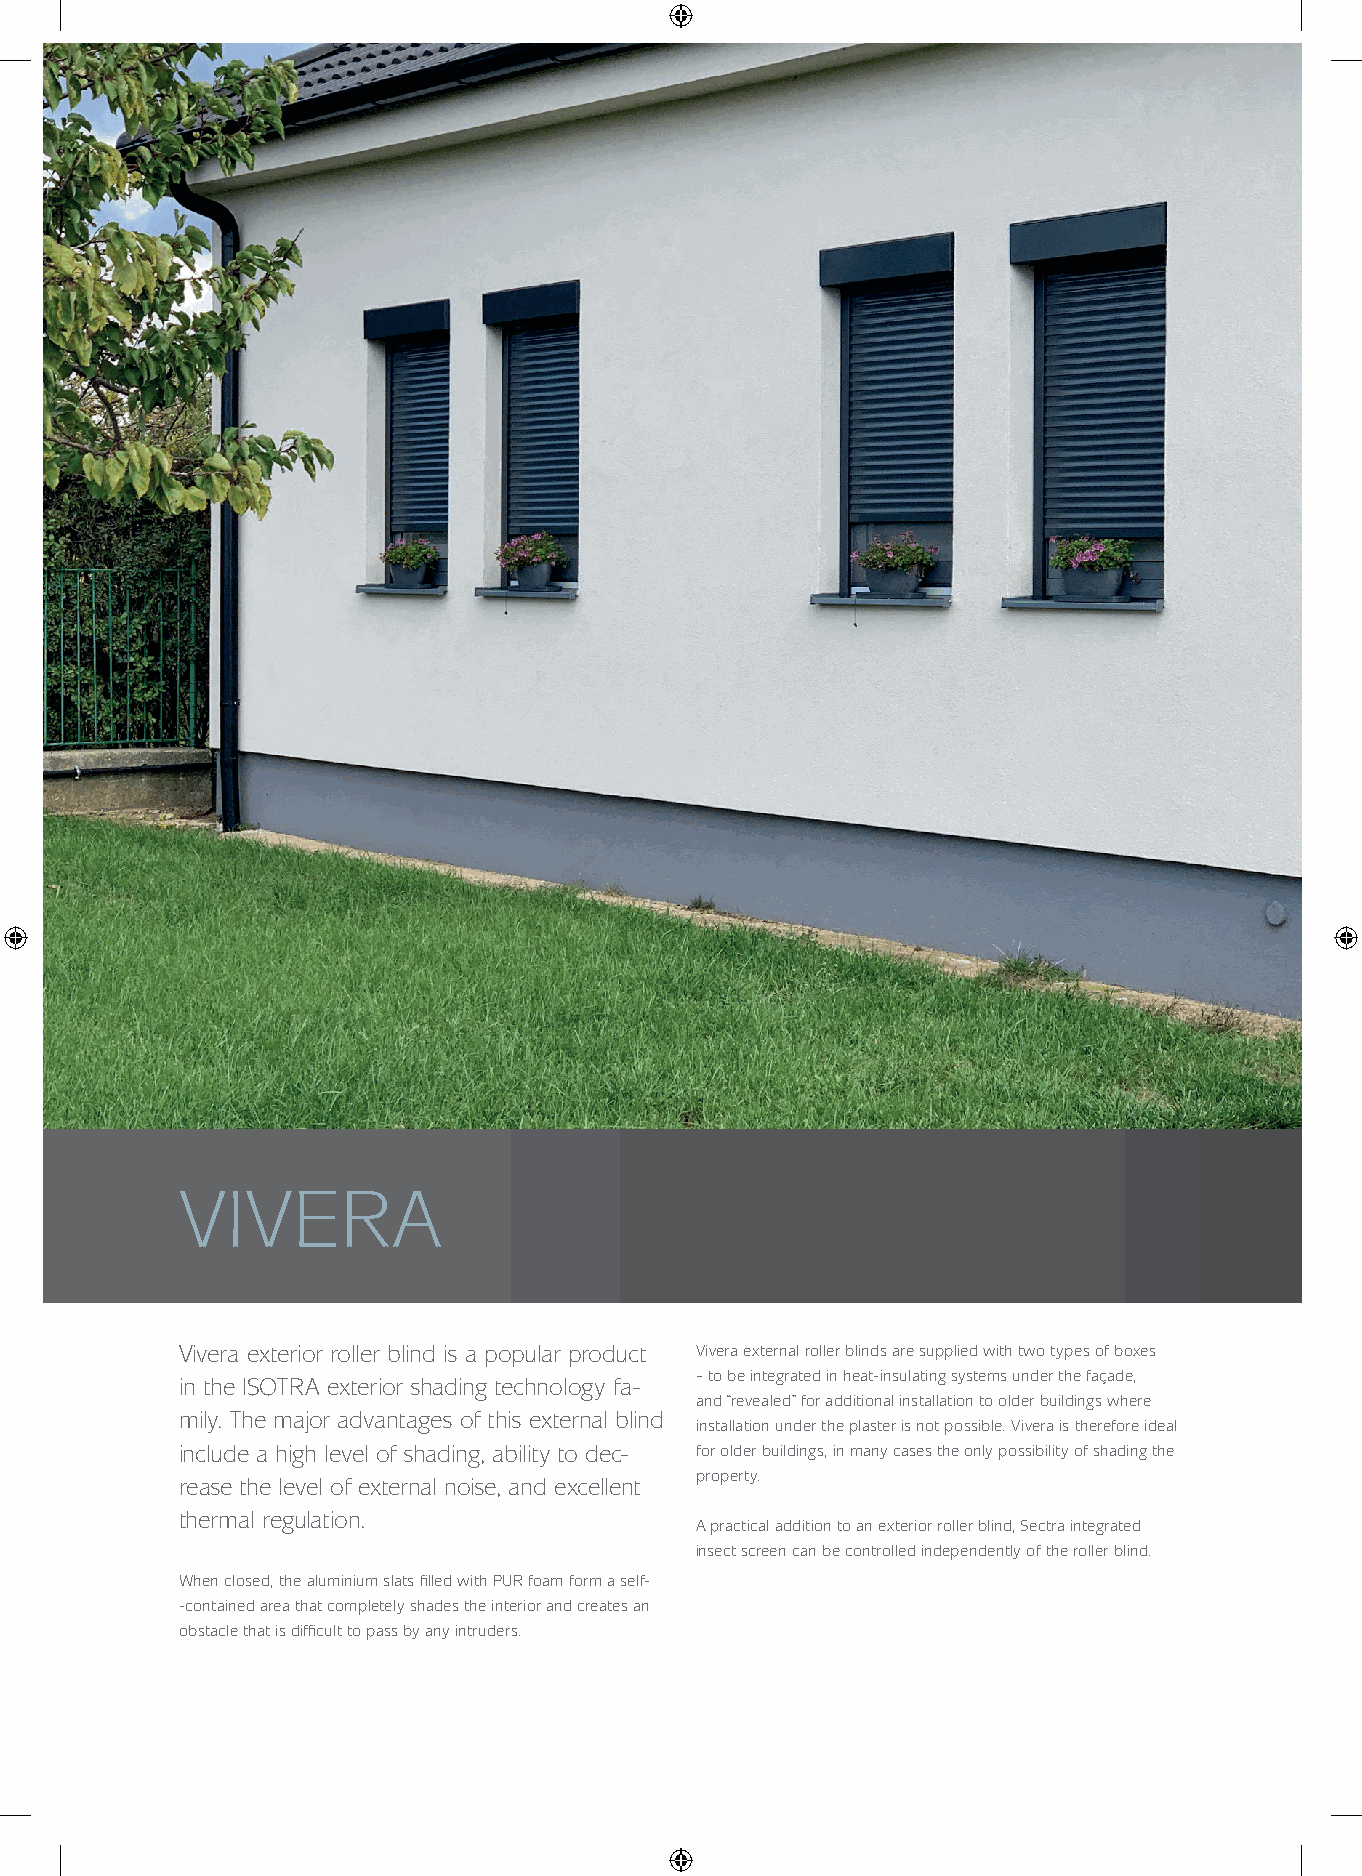
VIVERA
 Vivera exterior roller blind is a popular product Vivera external roller blinds are supplied with two types of boxes
 – to be integrated in heat-insulating systems under the façade,
 in the ISOTRA exterior shading technology fa-
 and “revealed” for additional installation to older buildings where
 mily. The major advantages of this external blind
 installation under the plaster is not possible. Vivera is therefore ideal
 include a high level of shading, ability to dec- for older buildings, in many cases the only possibility of shading the
 property.
 rease the level of external noise, and excellent
 thermal regulation.
 A practical addition to an exterior roller blind, Sectra integrated
 insect screen can be controlled independently of the roller blind.
 When closed, the aluminium slats fi lled with PUR foam form a self-
 -contained area that completely shades the interior and creates an
 obstacle that is diffi cult to pass by any intruders.